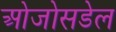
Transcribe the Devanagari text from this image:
ओजोसडेल